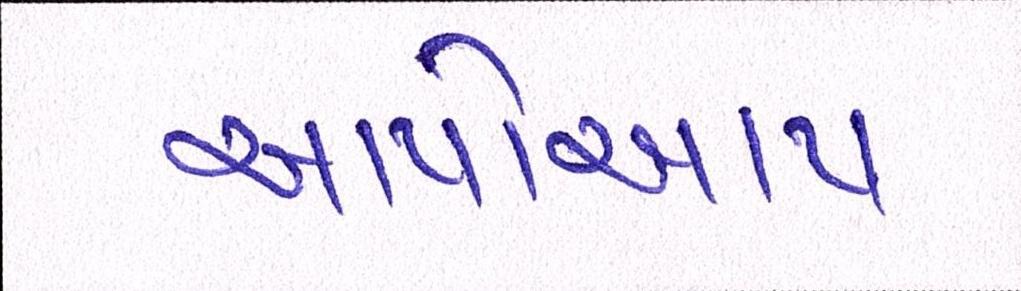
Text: આપોઆપ